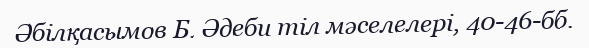
Әбілқасымов Б. Әдеби тіл мәселелері, 40-46-бб.